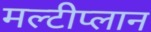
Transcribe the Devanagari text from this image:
मल्टीप्लान